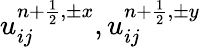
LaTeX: u_{ij}^{{n+\frac{1}{2}},\pm x},u_{ij}^{{n+\frac{1}{2}},\pm y}